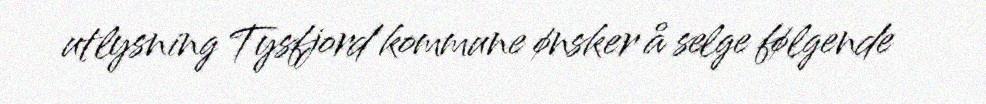
utlysning Tysfjord kommune ønsker å selge følgende